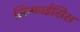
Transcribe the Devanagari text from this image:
सिम्फाईसिस